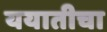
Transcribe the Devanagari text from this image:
ययातीचा